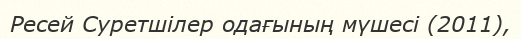
Ресей Суретшілер одағының мүшесі (2011),